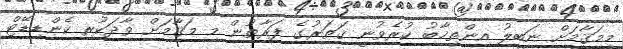
މިމަޤާމަށް ނަބީލު އިންތިޚާބު ކުރެވުނީ ޤަތަރުގެ ފަރާތުން މި މަޤާމަށް ވާދަކުރި ކެންޑިޑޭޓް